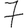
Digit: 7